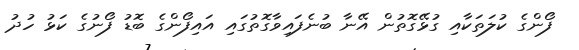
ފޯންގެ ކުލަތަކާއި ގުޅޭގޮތުން އޭނާ ބުނެފައިވާގޮތުގައި އައިފޯންގެ ބޮޑު ފޯނުގެ ކަޅު ހުދު